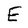
Character: E